Civil Veterinary Department Bengal reports 1923-33 - 1923-1933
Year: 1923
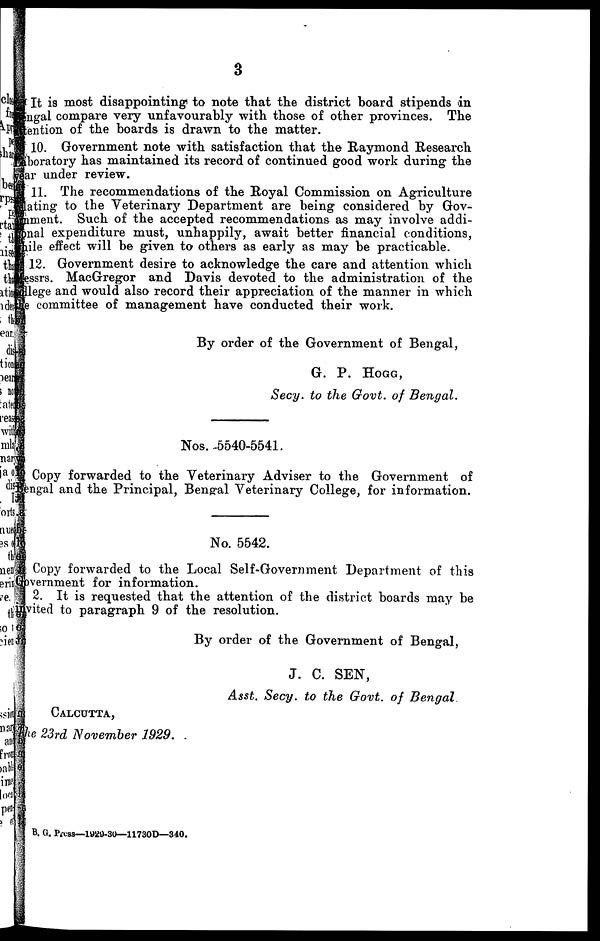
3
It is most disappointing to note that the district board stipends in
Bengal compare very unfavourably with those of other provinces. The
attention of the boards is drawn to the matter.
10. Government note with satisfaction that the Raymond Research
Laboratory has maintained its record of continued good work during the
year under review.
11. The recommendations of the Royal Commission on Agriculture
lating to the Veterinary Department are being considered by Gov-
ernment. Such of the accepted recommendations as may involve addi-
tional expenditure must, unhappily, await better financial conditions,
while effect will be given to others as early as may be practicable.
12. Government desire to acknowledge the care and attention which
Messrs. MacGregor and Davis devoted to the administration of the
college and would also record their appreciation of the manner in which
the committee of management have conducted their work.
By order of the Government of Bengal,
G. P. HOGG,
Secy. to the Govt. of Bengal.
Nos. 5540-5541.
Copy forwarded to the Veterinary Adviser to the Government of
Bengal and the Principal, Bengal Veterinary College, for information.
No. 5542.
Copy forwarded to the Local Self-Government Department of this
Government for information.
2. It is requested that the attention of the district boards may be
invited to paragraph 9 of the resolution.
By order of the Government of Bengal,
J. C. SEN,
Asst. Secy. to the Govt. of Bengal.
CALCUTTA,
The 23rd November 1929.
B. G. Press—1920-30—11730D— 340.